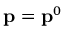
\ensuremath { \mathbf { p } } = \ensuremath { \mathbf { p } } ^ { 0 }